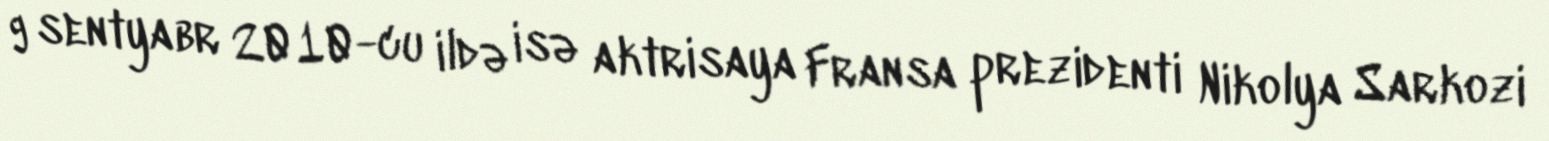
9 sentyabr 2010-cu ildə isə aktrisaya Fransa prezidenti Nikolya Sarkozi